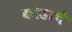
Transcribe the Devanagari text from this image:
कोडाचे